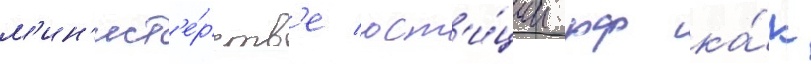
м'ин'ист'е́рств'е юст'и́ции рф ка́к